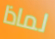
لماذا